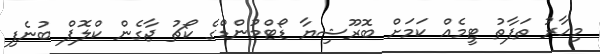
މިހާރު ތަފާތު ޓީމެއް ކަމަށް ބޮރޫޝިޔާ ޑޯޓްމުންޑްގެ ކޯޗު ޖާގެން ކްލޮޕް ބުނެފި